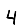
Digit: 4